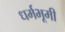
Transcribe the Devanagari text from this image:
धर्मभूमी